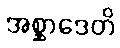
အစ္ဆာဒေတိ